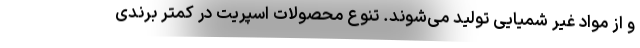
و از مواد غیر شمیایی تولید می‌شوند. تنوع محصولات اسپریت در کمتر برندی